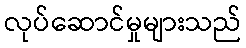
လုပ်ဆောင်မှုများသည်